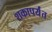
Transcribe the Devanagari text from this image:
शकापर्यंत